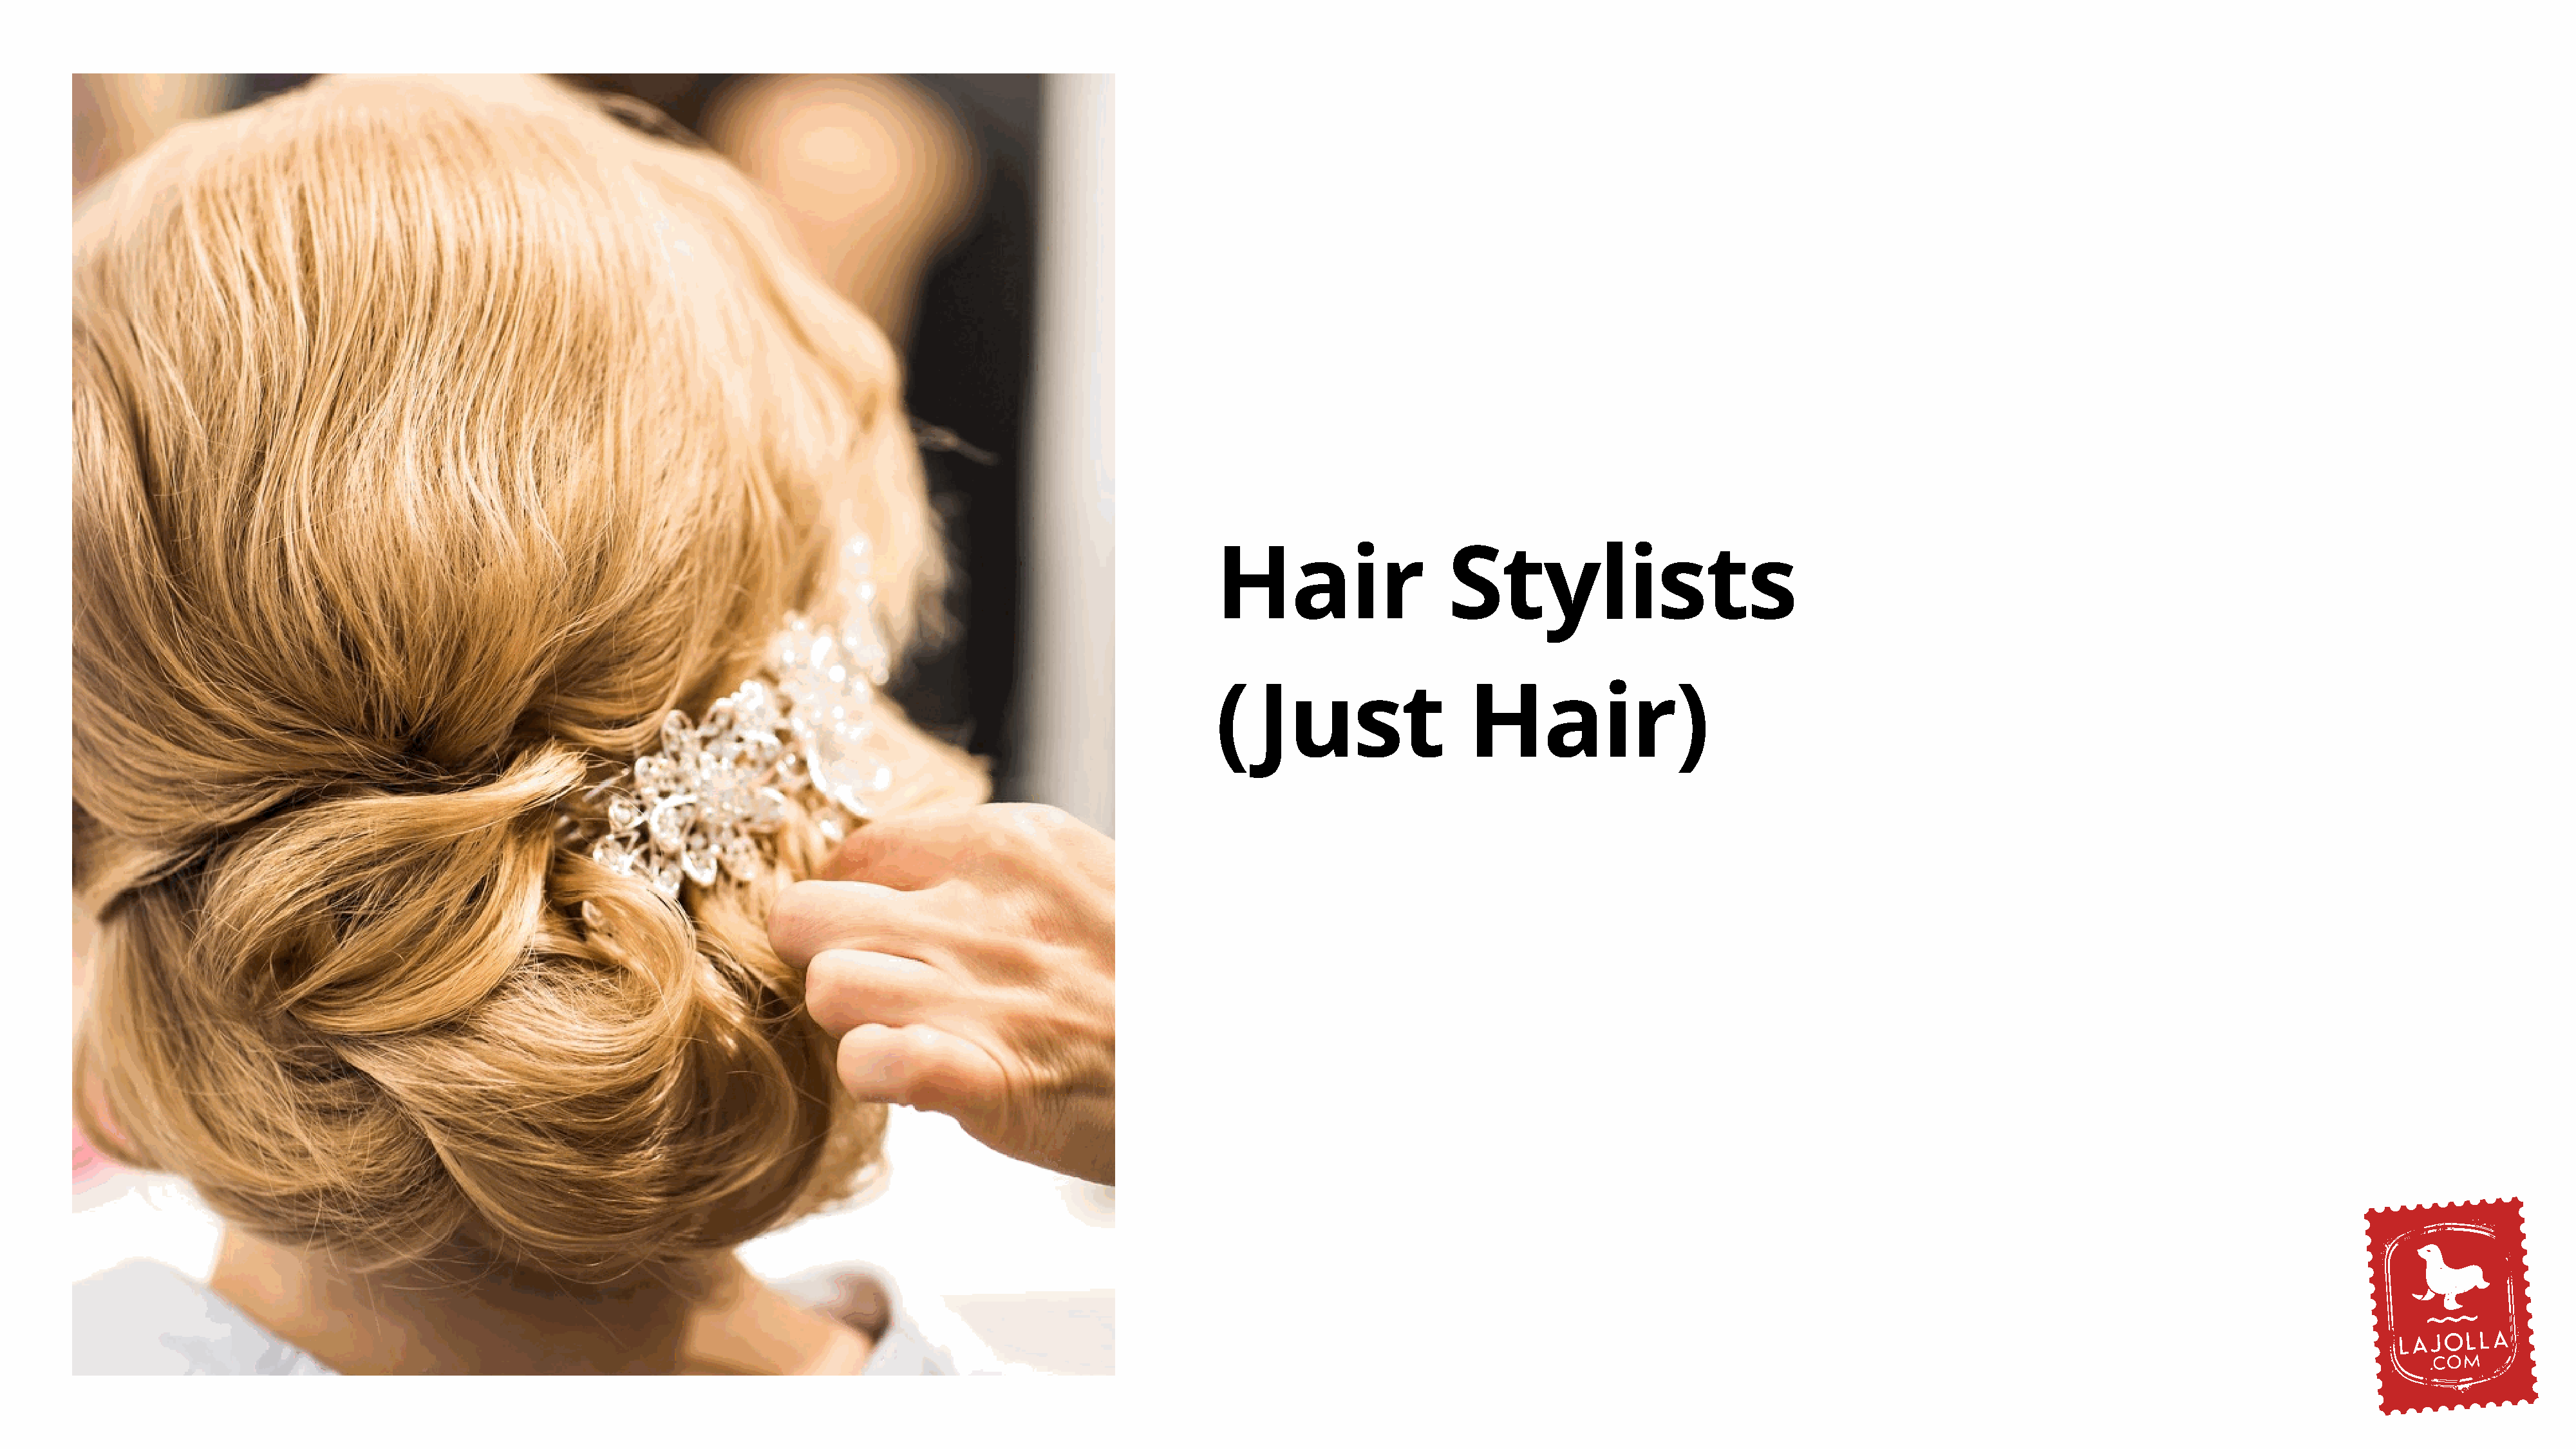
Hair                    Stylists
 (   Just                  Hair)